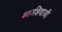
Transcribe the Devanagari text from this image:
शहाशिवाजी